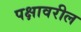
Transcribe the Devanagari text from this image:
पक्षावरील